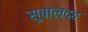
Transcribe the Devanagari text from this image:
सुबालदह